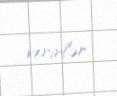
verirlər.